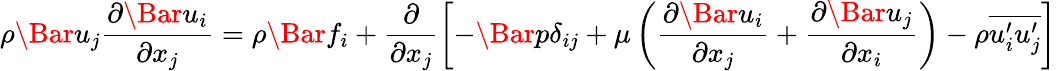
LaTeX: {\rho}\Bar{u}_{j}\frac{{\partial}\Bar{u}_{i}}{{\partial}x_{j}}={\rho}\Bar{f}_{i}+\frac{\partial}{{\partial}x_{j}}\left[-\Bar{p}\delta_{ij}+\mu\left(\frac{{\partial}\Bar{u}_{i}}{{\partial}x_{j}}+\frac{{\partial}\Bar{u}_{j}}{{\partial}x_{i}}\right)-{\rho}\overline{{u_{i}^{\prime}u_{j}^{\prime}}}\right]